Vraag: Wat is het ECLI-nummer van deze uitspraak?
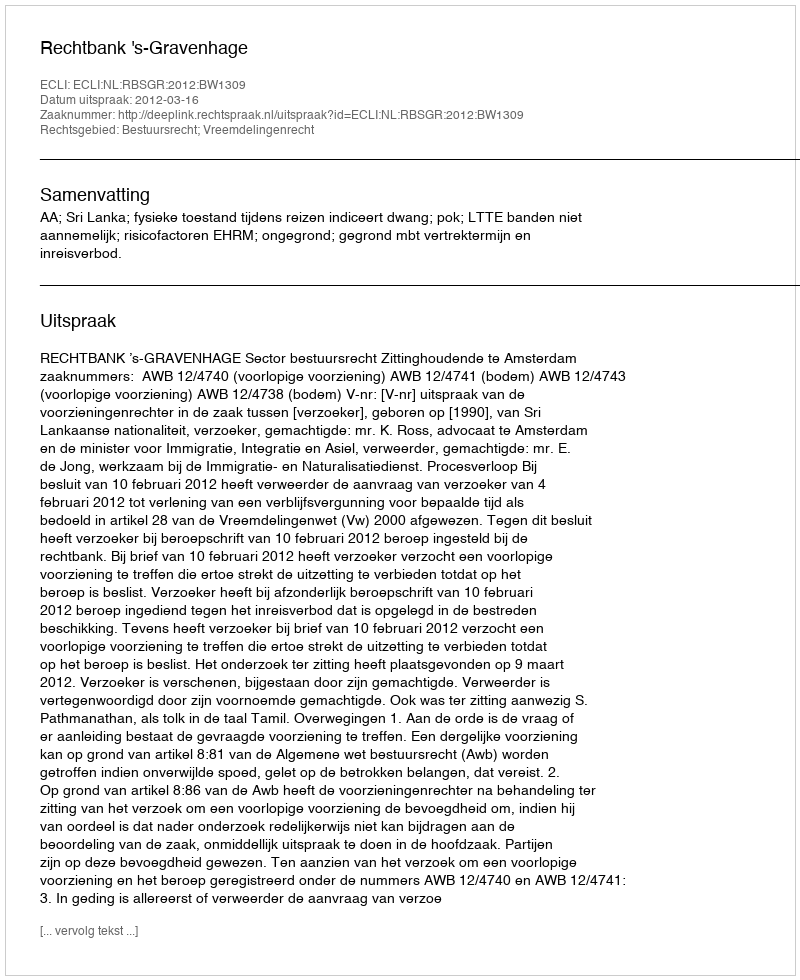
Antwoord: ECLI:NL:RBSGR:2012:BW1309